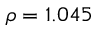
\rho = 1 . 0 4 5